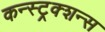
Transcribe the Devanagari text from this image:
कन्स्ट्रक्शन्स